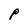
Character: P